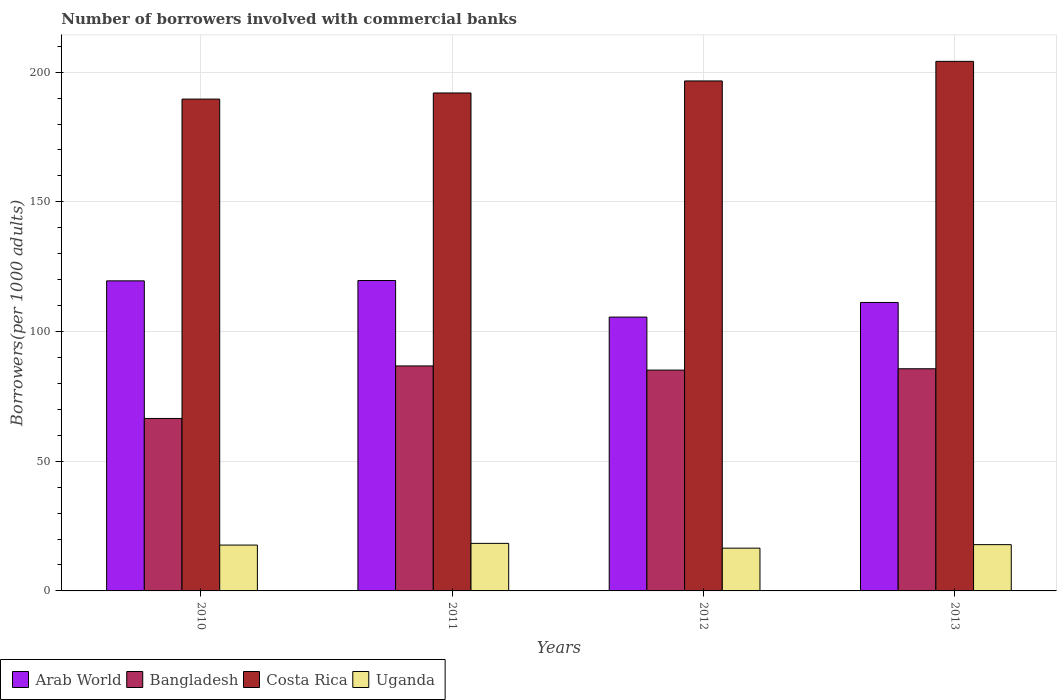
| Years | Arab World | Bangladesh | Costa Rica | Uganda |
 | --- | --- | --- | --- | --- |
 | 2010 | 120 | 66.5 | 190 | 17.7 |
 | 2011 | 120 | 86.7 | 192 | 18.3 |
 | 2012 | 106 | 85.1 | 197 | 16.5 |
 | 2013 | 111 | 85.7 | 204 | 17.8 |